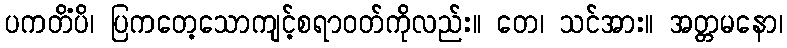
ပကတိံပိ၊ ပြကတေ့သောကျင့်စရာဝတ်ကိုလည်း။ တေ၊ သင်အား။ အတ္တမနော၊